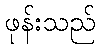
ဖုန်းသည်